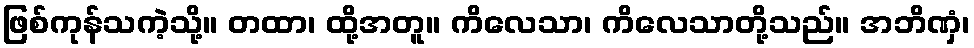
ဖြစ်ကုန်သကဲ့သို့။ တထာ၊ ထို့အတူ။ ကိလေသာ၊ ကိလေသာတို့သည်။ အဘိဏှံ၊